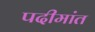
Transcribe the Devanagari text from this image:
पदीमांत